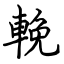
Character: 輓